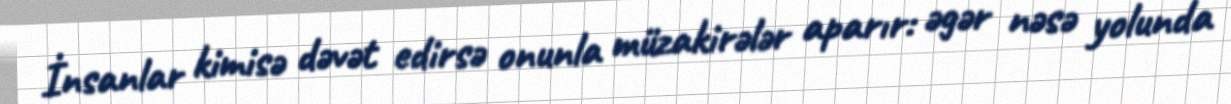
İnsanlar kimisə dəvət edirsə onunla müzakirələr aparır: əgər nəsə yolunda